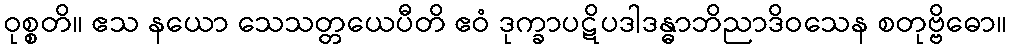
ဝုစ္စတိ။ ဧသ နယော သေသတ္တယေပီတိ ဧဝံ ဒုက္ခာပဋိပဒါဒန္ဓာဘိညာဒိဝသေန စတုဗ္ဗိဓော။